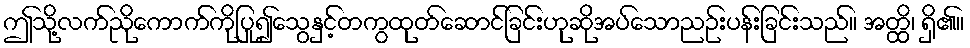
ဤသို့လက်ညိုကောက်ကိုပြု၍သွေနှင့်တကွထုတ်ဆောင်ခြင်းဟုဆိုအပ်သောညဉ်းပန်းခြင်းသည်။ အတ္ထိ၊ ရှိ၏။